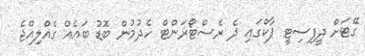
ގޭޓަށް ދީފިސިޓީ ޕާކްގައި ދެ ރެސްޓޯރަންޓް ހެދުމުން ބޮޑު ބައެއް ގެއްލިއްޖެ